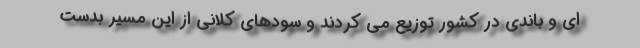
ای و باندی در کشور توزیع می کردند و سودهای کلانی از این مسیر بدست